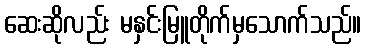
ဆေးဆိုလည်း မနှင်းမြူတိုက်မှသောက်သည်။